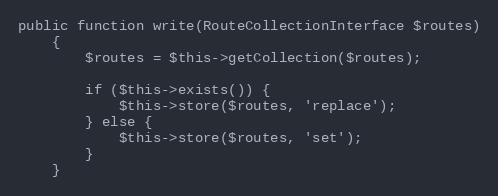
Language: PHP
public function write(RouteCollectionInterface $routes)
    {
        $routes = $this->getCollection($routes);

        if ($this->exists()) {
            $this->store($routes, 'replace');
        } else {
            $this->store($routes, 'set');
        }
    }